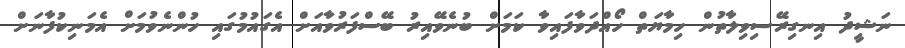
ނަޝީދު އިނގިރޭސިވިލާތުން ހިމާޔަތް ހޯއްދަވާފައިވާ ކަމަށް ބުނެވޭއިރު ބޭސްފަރުވާއަށް އެގައުމުގައި ހުންނެވުމަށް އެމަނިކުފާނަށް